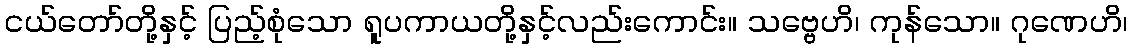
ငယ်တော်တို့နှင့် ပြည့်စုံသော ရူပကာယတို့နှင့်လည်းကောင်း။ သဗ္ဗေဟိ၊ ကုန်သော။ ဂုဏေဟိ၊